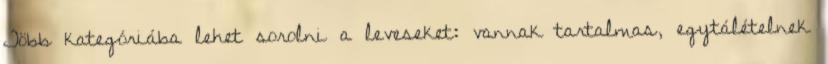
Több kategóriába lehet sorolni a leveseket: vannak tartalmas, egytálételnek